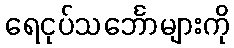
ရေငုပ်သင်္ဘောများကို